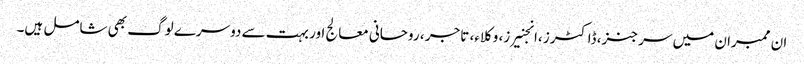
ان ممبران میں سرجنز، ڈاکٹرز ،انجنیرز، وکلاء، تاجر ، روحانی معالج اور بہت سے دوسرے لوگ بھی شامل ہیں۔